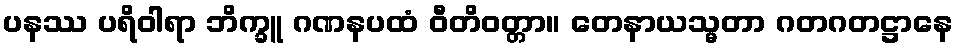
ပနဿ ပရိဝါရာ ဘိက္ခူ ဂဏနပထံ ဝီတိဝတ္တာ။ တေနာယသ္မတာ ဂတဂတဋ္ဌာနေ